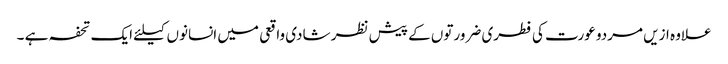
علاوہ ازیں مردو عورت کی فطری ضرورتوں کے پیش نظر شادی واقعی میں انسانوں کیلئے ایک تحفہ ہے ۔